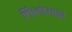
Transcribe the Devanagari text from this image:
फिलोसफ़ी